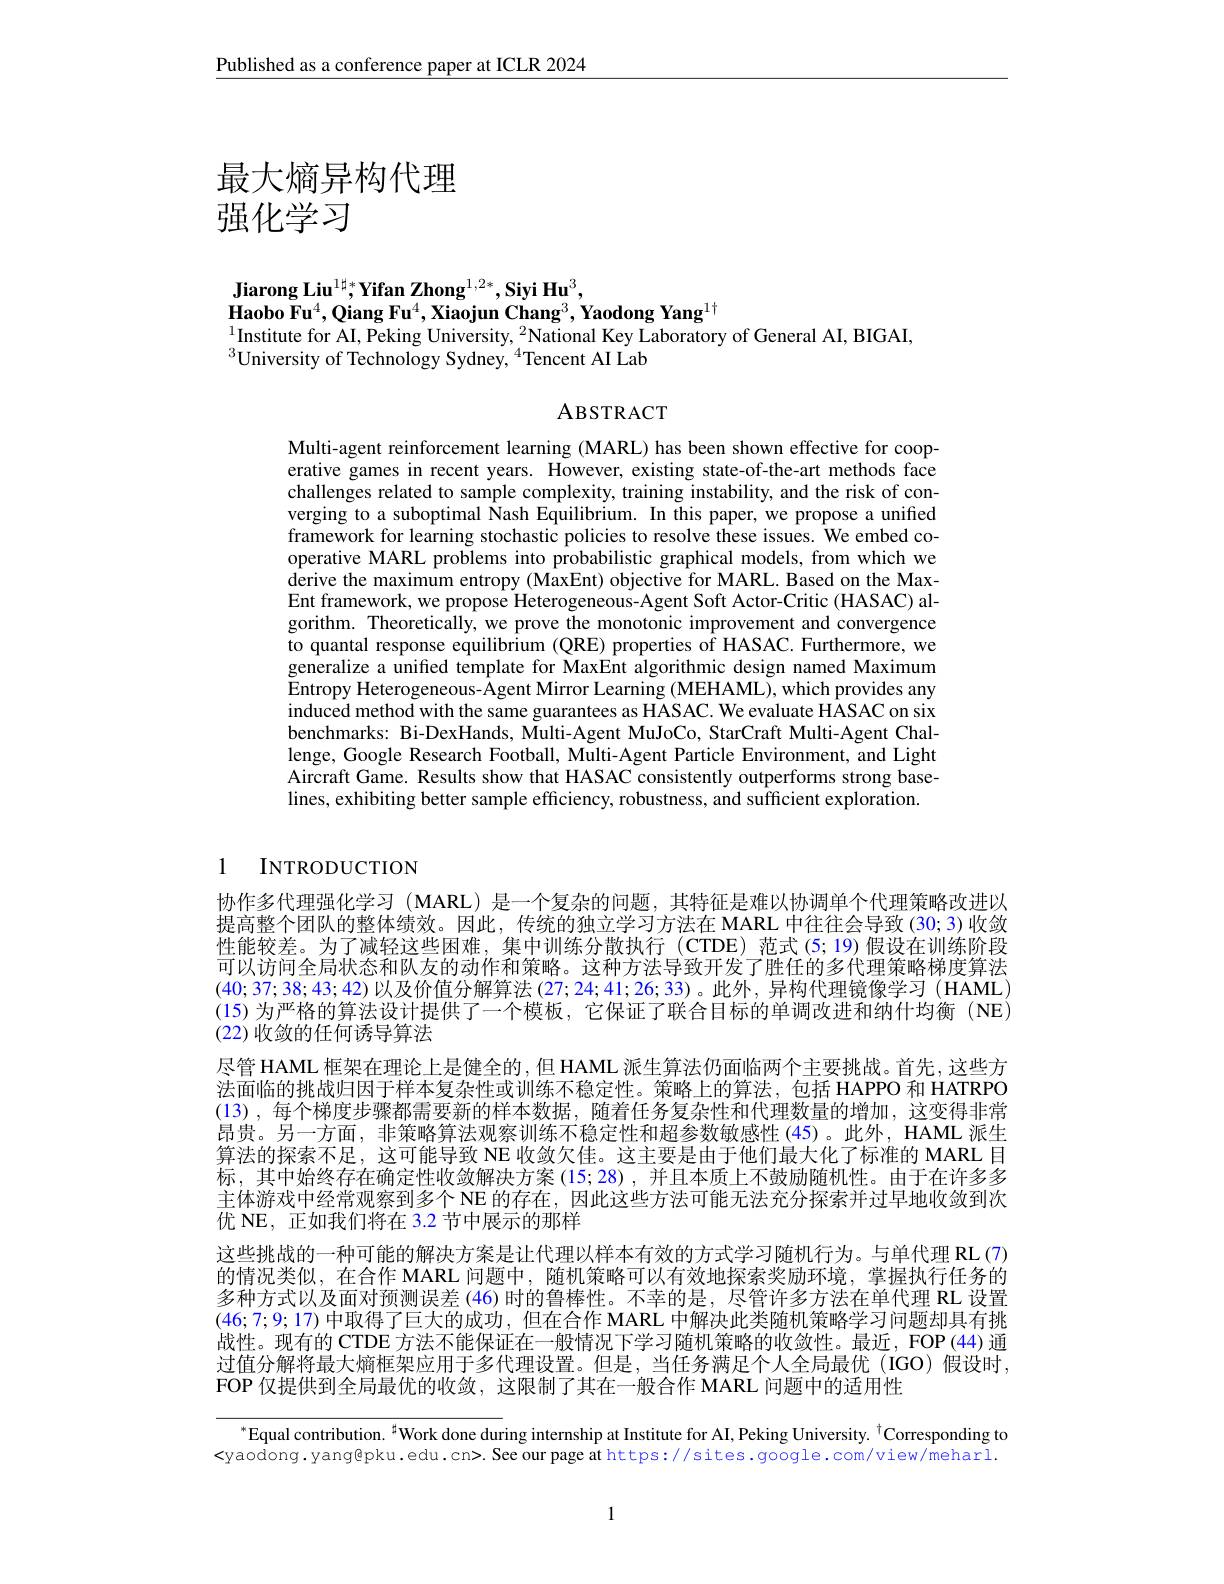
$\underline{\text{Published as a conference paper at ICLR 2024}}$

# 最大熵异构代理强化学习

Jiarong Liu$^1\sharp*\textbf{Yifan Zhong}^{1,2*},\textbf{Siyi Hu}^3$,
Haobo Fu$^4,\textbf{Qiang Fu}^4,\textbf{Xiaojun Chang}^3,\textbf{Yaodong Yang}^{1\dagger}$
$^{1}$Institute for AI, Peking University, $^2$National Key Laboratory of General AI, BIGAI,
$^{3}$University of Technology Sydney,$^{4}$Tencent AI Lab

ABSTRACT

Multi-agent reinforcement learning (MARL) has been shown effective for cooperative games in recent years. However, existing state-of-the-art methods face challenges related to sample complexity, training instability, and the risk of converging to a suboptimal Nash Equilibrium. In this paper, we propose a unified framework for learning stochastic policies to resolve these issues. We embed cooperative MARL problems into probabilistic graphical models, from which we derive the maximum entropy (MaxEnt) objective for MARL. Based on the MaxEnt framework, we propose Heterogeneous-Agent Soft Actor-Critic(HASAC) algorithm. Theoretically, we prove the monotonic improvement and convergence to quantal response equilibrium (QRE) properties of HASAC. Furthermore, we generalize a unified template for MaxEnt algorithmic design named Maximum Entropy Heterogeneous- Agent Mirror Learning (MEHAML), which provides any induced method with the same guarantees as HASAC. We evaluate HASAC on six benchmarks: Bi-DexHands, Multi-Agent MuJoCo, StarCraft Multi-Agent Challenge, Google Research Football, Multi-Agent Particle Environment, and Light Aircraft Game. Results show that HASAC consistently outperforms strong baselines, exhibiting better sample efficiency, robustness, and sufficient exploration.

## 1 INTRODUCTION

协作多代理强化学习 (MARL) 是一个复杂的问题，其特征是难以协调单个代理策略改进以提高整个团队的整体绩效。因此，传统的独立学习方法在 MARL 中往往会导致 (30; 3) 收敛性能较差。为了减轻这些困难，集中训练分散执行(CTDE)范式(5;19)假设在训练阶段可以访问全局状态和队友的动作和策略。这种方法导致开发了胜任的多代理策略梯度算法(40;37;38;43;42)以及价值分解算法(27;24;41;26;33)。此外，异构代理镜像学习(HAML) (15)为严格的算法设计提供了一个模板，它保证了联合目标的单调改进和纳什均衡 (NE) (22) 收敛的任何诱导算法
尽管 HAML 框架在理论上是健全的，但 HAML 派生算法仍面临两个主要挑战。首先，这些方法面临的挑战归因于样本复杂性或训练不稳定性。策略上的算法，包括 HAPPO 和 HATRPO (13) ,每个梯度步骤都需要新的样本数据，随着任务复杂性和代理数量的增加，这变得非常昂贵。另一方面，非策略算法观察训练不稳定性和超参数敏感性(45)。此外，HAML 派生算法的探索不足，这可能导致 NE 收敛欠佳。这主要是由于他们最大化了标准的 MARL 目标，其中始终存在确定性收敛解决方案(15;28),并且本质上不鼓励随机性。由于在许多多主体游戏中经常观察到多个NE 的存在，因此这些方法可能无法充分探索并过早地收敛到次优 NE, 正如我们将在 3.2 节中展示的那样
这些挑战的一种可能的解决方案是让代理以样本有效的方式学习随机行为。与单代理 RL (7) 的情况类似，在合作 MARL 问题中，随机策略可以有效地探索奖励环境，掌握执行任务的多种方式以及面对预测误差 (46) 时的鲁棒性。不幸的是，尽管许多方法在单代理 RL 设置(46;7;9;17)中取得了巨大的成功，但在合作 MARL 中解决此类随机策略学习问题却具有挑战性。现有的 CTDE 方法不能保证在一般情况下学习随机策略的收敛性。最近，FOP(44) 通过值分解将最大熵框架应用于多代理设置。但是，当任务满足个人全局最优(IGO)假设时， FOP 仅提供到全局最优的收敛，这限制了其在一般合作 MARL 问题中的适用性

$^{*}$Equal contribution.$^{\sharp}$Work done during internship at Institute for AI, Peking University.$^{\dagger}$Corresponding to <yaodong.yang@pku.edu.cn>. See our page at https://sites. google. com/view/meharl.

1